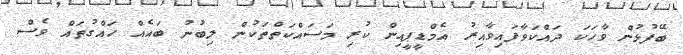
ބޭފުޅުން ވާހަކަ ދައްކަވާފައިވާއިރު އެމްޑީޕީއިން ކުރި މަސައްކަތްތަކުން ލިބުނު ބައެއް ހައްގުތައް ވެސް